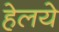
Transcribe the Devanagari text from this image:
हेलये